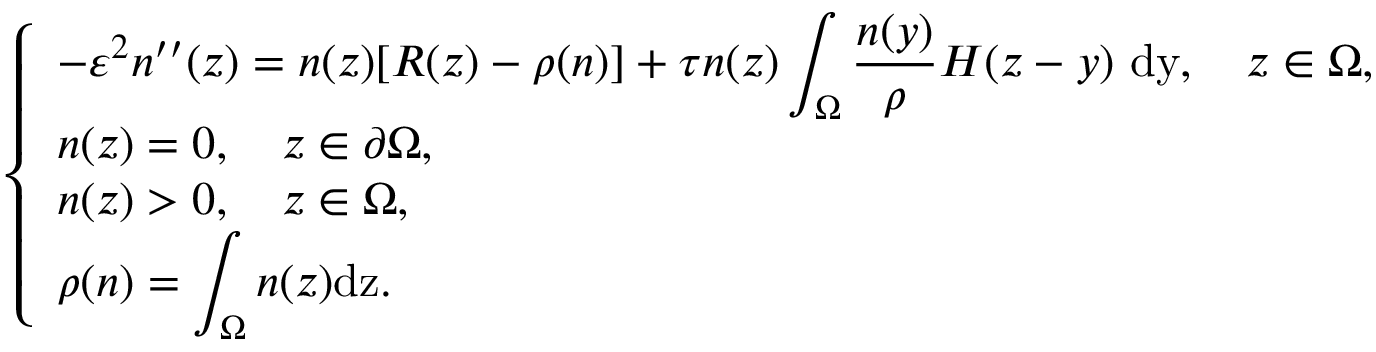
\left\{ \begin{array} { l l } { - \varepsilon ^ { 2 } n ^ { \prime \prime } ( z ) = n ( z ) [ R ( z ) - \rho ( n ) ] + \tau n ( z ) \displaystyle \int _ { \Omega } \frac { n ( y ) } { \rho } H ( z - y ) \ \mathrm { d y } , \quad z \in \Omega , } \\ { n ( z ) = 0 , \quad z \in \partial \Omega , } \\ { n ( z ) > 0 , \quad z \in \Omega , } \\ { \rho ( n ) = \displaystyle \int _ { \Omega } n ( z ) \mathrm { d z } . } \end{array} \right.